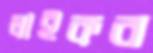
লাইকর